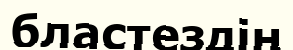
бластездің